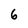
Character: 6